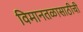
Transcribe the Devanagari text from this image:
विमानतळासाठीची